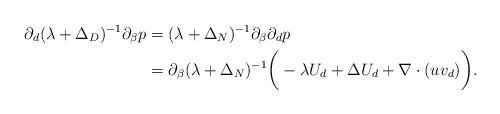
LaTeX: \begin{align*}\partial_d (\lambda + \Delta_D)^{-1} \partial_\beta p & = (\lambda+\Delta_N)^{-1} \partial_\beta \partial_d p \\& = \partial_\beta (\lambda+\Delta_N)^{-1} \bigg ( -\lambda U_d + \Delta U_d + \nabla \cdot ( u v_d) \bigg ).\end{align*}